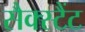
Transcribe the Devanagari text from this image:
सैक्स्टैंट